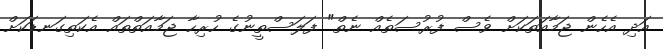
އަދި އެހެން ޖަމާއަތަކަށް ވެސް ފުރުސަތެއް ނެތް" ފަލަސްތީނުގެ ހުރިހާ ޖަމާއަތްތައް އެކަތިގަނޑަކަށް